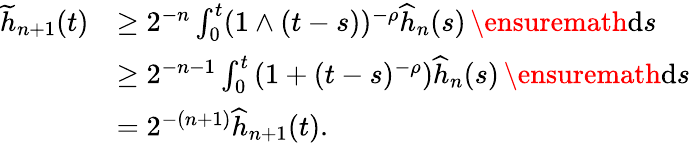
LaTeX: \begin{array}{rl}{\widetilde{h}_{n+1}(t)}&{\ge 2^{-n}\int_{0}^{t}(1\wedge(t-s))^{-\rho}\widehat{h}_{n}(s)\, \ensuremath{\mathrm{d}}s}\\ &{\ge 2^{-n-1}\int_{0}^{t}\left(1+(t-s)^{-\rho}\right)\widehat{h}_{n}(s)\, \ensuremath{\mathrm{d}}s}\\ &{=2^{-(n+1)}\widehat{h}_{n+1}(t).}\end{array}